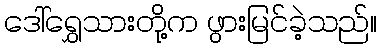
ဒေါ်ရွှေသားတို့က ဖွားမြင်ခဲ့သည်။